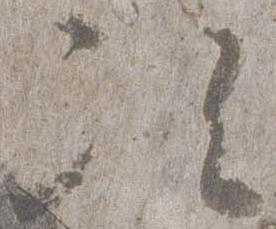
次